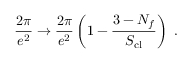
\frac { 2 \pi } { e ^ { 2 } } \rightarrow \frac { 2 \pi } { e ^ { 2 } } \left( 1 - \frac { 3 - N _ { f } } { S _ { \mathrm { c l } } } \right) \ .